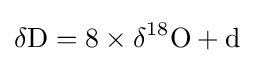
\mathrm {\delta D} =8\times \mathrm {\delta ^{18}O} +\mathrm {d}